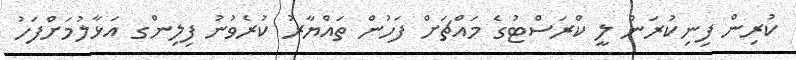
ކުރިން ފިނިކުރަން ލީ ކްރަސްޓުގެ މައްޗަށް ފަހުން ތައްޔާރު ކުރެވުނު ފިލިންގ އަޅާލުމަށްފަހު